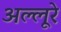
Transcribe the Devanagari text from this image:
अल्लूरे